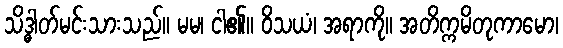
သိဒ္ဓါတ်မင်းသားသည်။ မမ၊ ငါ၏။ ဝိသယံ၊ အရာကို။ အတိက္ကမိတုကာမော၊